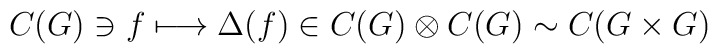
C(G) \ni f \longmapsto \Delta(f) \in C(G)\otimes C(G)\sim C(G \times G)